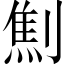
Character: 劁